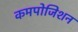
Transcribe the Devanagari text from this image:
कमपोजिशन